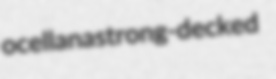
ocellana strong-decked